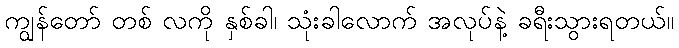
ကျွန်တော် တစ် လကို နှစ်ခါ၊ သုံးခါလောက် အလုပ်နဲ့ ခရီးသွားရတယ်။